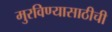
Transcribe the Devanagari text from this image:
मुरविण्यासाठीची